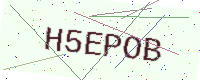
Text: H5EPOB